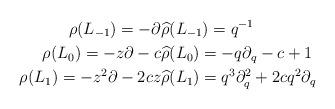
LaTeX: \begin{align*}\rho(L_{-1}) = -\partial & \widehat\rho(L_{-1}) = q^{-1}\\\rho(L_{0}) = -z \partial - c & \widehat\rho(L_0) = -q\partial_q - c +1\\\rho(L_{1}) = -z^2\partial - 2c z & \widehat\rho(L_1) = q^3\partial_q^2 + 2c q^2 \partial_q\end{align*}